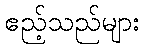
ဧည့်သည်များ